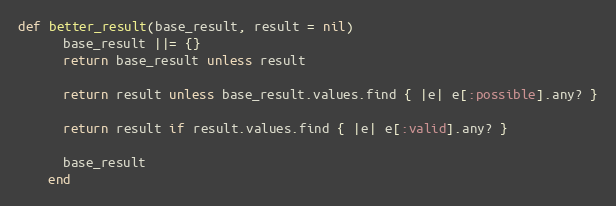
Language: Ruby
def better_result(base_result, result = nil)
      base_result ||= {}
      return base_result unless result

      return result unless base_result.values.find { |e| e[:possible].any? }

      return result if result.values.find { |e| e[:valid].any? }

      base_result
    end